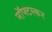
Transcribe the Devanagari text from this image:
नॉफ्टस्कर